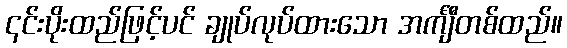
၎င်းပိုးထည်ဖြင့်ပင် ချုပ်လုပ်ထားသော အင်္ကျီတစ်ထည်။